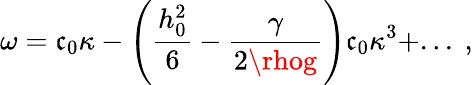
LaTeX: \omega=\mathfrak{c}_{0}\kappa-\left(\frac{{h_{0}^{2}}}{{6}}-\frac{{\gamma}}{{2\rhog}}\right)\mathfrak{c}_{0}\kappa^{3}+...~,